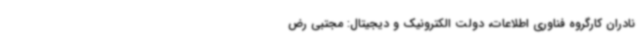
نادران کارگروه فناوری اطلاعات، دولت الکترونیک و دیجیتال: مجتبی رض